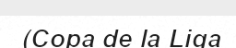
(Copa de la Liga